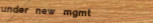
under new mgmt